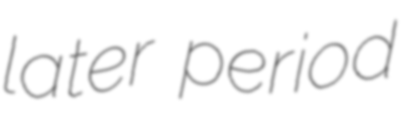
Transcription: later period